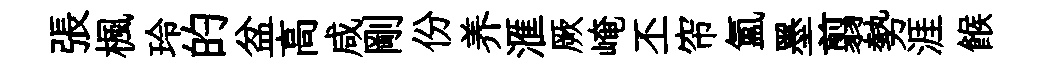
張楓玲的盆高咸剛份养滙厥崦丕帘氳墨翦勢涯餱